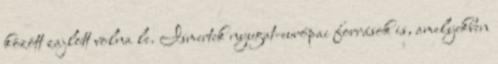
között zajlott volna le. Ismertek nyugat-európai források is, amelyekben